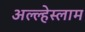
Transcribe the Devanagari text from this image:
अल्ल्हेस्लाम